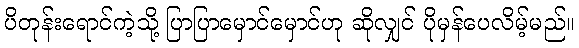
ပိတုန်းရောင်ကဲ့သို့ ပြာပြာမှောင်မှောင်ဟု ဆိုလျှင် ပိုမှန်ပေလိမ့်မည်။